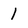
Character: 1